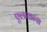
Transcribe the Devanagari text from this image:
एलायन्स